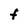
Character: F